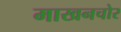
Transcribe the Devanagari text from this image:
माखनचोर